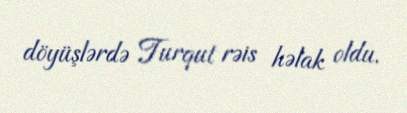
döyüşlərdə Turqut rəis həlak oldu.